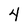
Character: 4